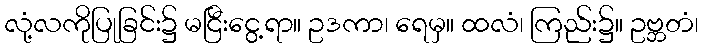
လုံ့လကိုပြုခြင်း၌ မငြီးငွေ့ရာ။ ဥဒကာ၊ ရေမှ။ ထလံ၊ ကြည်း၌။ ဥဗ္ဘတံ၊